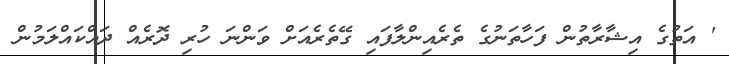
' އަތުގެ އިޝާރާތުން ފަހާތަނުގެ ތެރެއިންލާފައި ގޭތެރެއަށް ވަންނަ ހުރި ދޮރެއް ދައްކައްލަމުން